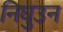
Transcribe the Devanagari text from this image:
निघुउन